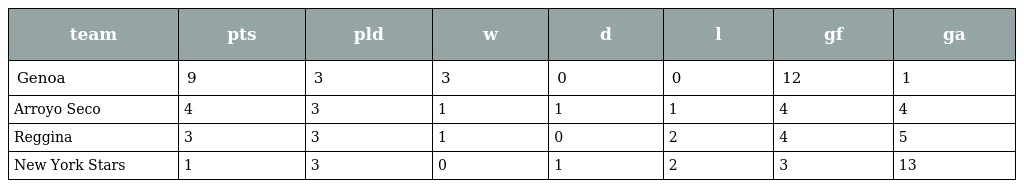
| team | pts | pld | w | d | l | gf | ga |
 | --- | --- | --- | --- | --- | --- | --- | --- |
 | Genoa | 9 | 3 | 3 | 0 | 0 | 12 | 1 |
 | Arroyo Seco | 4 | 3 | 1 | 1 | 1 | 4 | 4 |
 | Reggina | 3 | 3 | 1 | 0 | 2 | 4 | 5 |
 | New York Stars | 1 | 3 | 0 | 1 | 2 | 3 | 13 |